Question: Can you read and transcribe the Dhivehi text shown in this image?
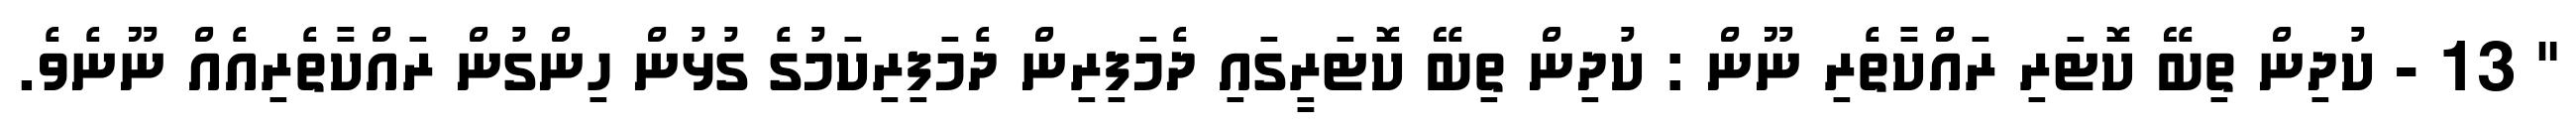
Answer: " 13 - ކުދިން ތިބޭ ކޮޓަރި ރައްކާތެރި ނޫން : ކުދިން ތިބޭ ކޮޓަރީގައި ދެމަފިރިން ދެމަފިރިކަމުގެ ގުޅުން ހިންގުން ރައްކާތެރިއެއް ނޫނެވެ.